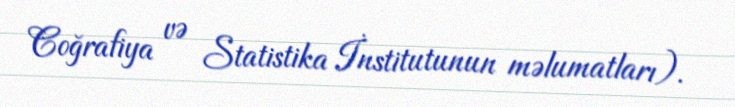
Coğrafiya və Statistika İnstitutunun məlumatları).